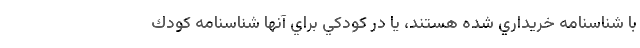
با شناسنامه خريداري شده هستند، يا در كودكي براي آنها شناسنامه كودك